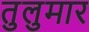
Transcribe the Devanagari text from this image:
तुलुमार